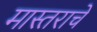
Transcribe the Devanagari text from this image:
मास्तराचे